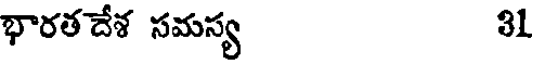
భారతదేశ సమస్య 31